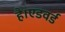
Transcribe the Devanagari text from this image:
है।एडवर्ड